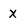
Character: X